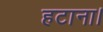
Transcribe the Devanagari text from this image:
हटाना।